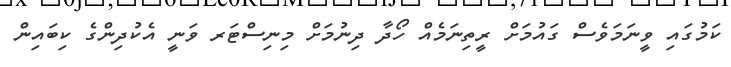
ކަމުގައި ވީނަމަވެސް ގައުމަށް ރީތިނަމެއް ހޯދާ ދިނުމަށް މިނިސްޓަރ ވަނީ އެކުދިންގެ ކިބައިން